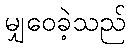
မျှဝေခဲ့သည်